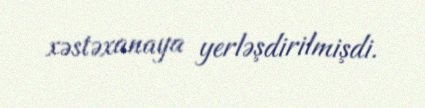
xəstəxanaya yerləşdirilmişdi.